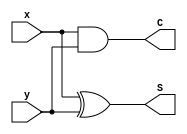
module half_adder(S,C,x,y);
	output S,C;
	input x,y;
	
	xor(S,x,y);
	and(C,x,y);
endmodule

module full_adder(S,C,x,y,z);
	output S,C;
	input x,y,z;
	
	wire S1,C1,C2;
	half_adder add1(S1,C1,x,y);
	half_adder add2(S,C2,S1,z);
	assign C=C1||C2;
endmodule